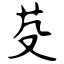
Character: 芟